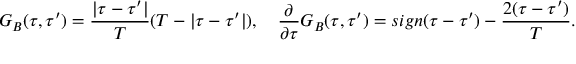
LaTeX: G _ { B } ( \tau , \tau ^ { \prime } ) = \frac { | \tau - \tau ^ { \prime } | } { T } ( T - | \tau - \tau ^ { \prime } | ) , \quad \frac { \partial } { \partial \tau } G _ { B } ( \tau , \tau ^ { \prime } ) = s i g n ( \tau - \tau ^ { \prime } ) - { \frac { 2 ( \tau - \tau ^ { \prime } ) } { T } } .